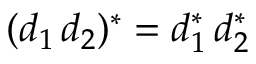
( d _ { 1 } \, d _ { 2 } ) ^ { * } = d _ { 1 } ^ { * } \, d _ { 2 } ^ { * }